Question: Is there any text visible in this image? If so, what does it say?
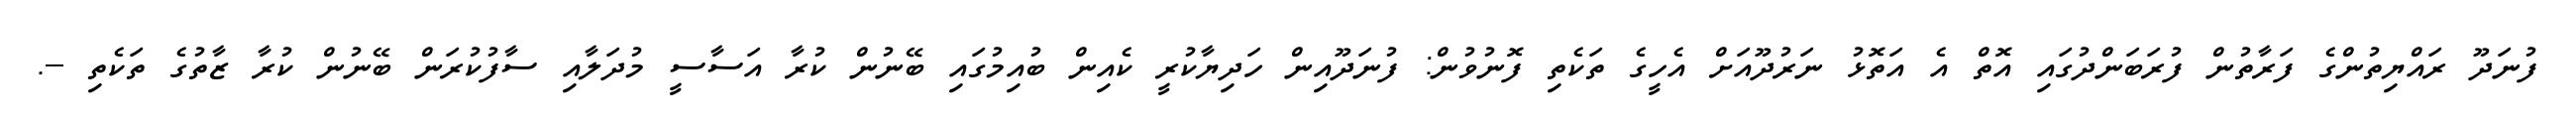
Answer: ފުނަދޫ ރައްޔިތުންގެ ފަރާތުން ފުރަބަންދުގައި އޮތް އެ އަތޮޅު ނަރުދޫއަށް އެހީގެ ތަކެތި ފޮނުވުން: ފުނަދޫއިން ހަދިޔާކުރީ ކެއިން ބުއިމުގައި ބޭނުން ކުރާ އަސާސީ މުދަލާއި ސާފުކުރަން ބޭނުން ކުރާ ޒާތުގެ ތަކެތި --.